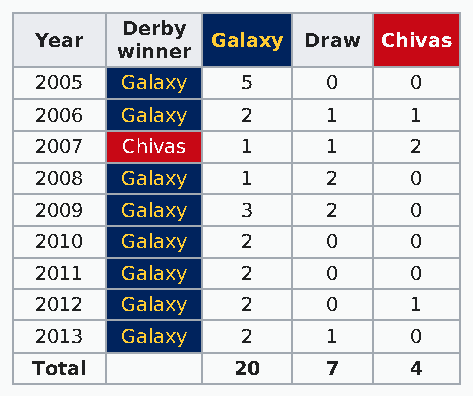
Derby
 Year        Galaxy Draw Chivas
 winner
 2005  Galaxy  5     0    0
 2006  Galaxy  2     1    1
 2007  Chivas  1     1    2
 2008  Galaxy  1     2    0
 2009  Galaxy  3     2    0
 2010  Galaxy  2     0    0
 2011  Galaxy  2     0    0
 2012  Galaxy  2     0    1
 2013  Galaxy  2     1    0
 Total        20     7    4